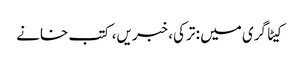
کیٹاگری میں : ترکی، خبریں، کتب خانے